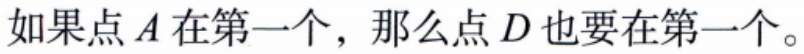
如果点\(A\)在第一个，那么点\(D\)也要在第一个。